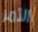
الأمر